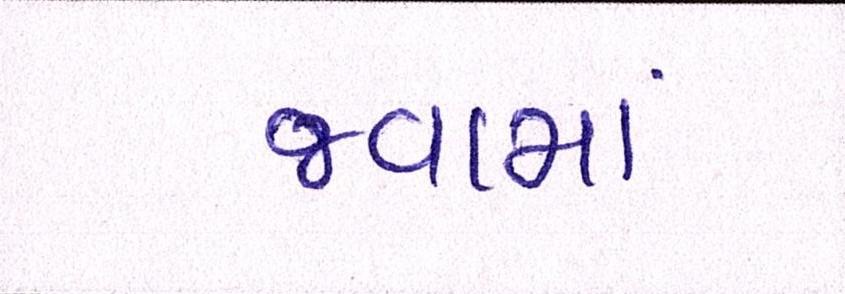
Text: જવામાં